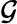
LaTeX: {\cal G}